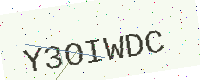
Text: Y3OIWDC